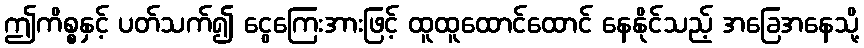
ဤကိစ္စနှင့် ပတ်သက်၍ ငွေကြေးအားဖြင့် ထူထူထောင်ထောင် နေနိုင်သည့် အခြေအနေသို့